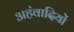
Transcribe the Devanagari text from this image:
अहंवादियों